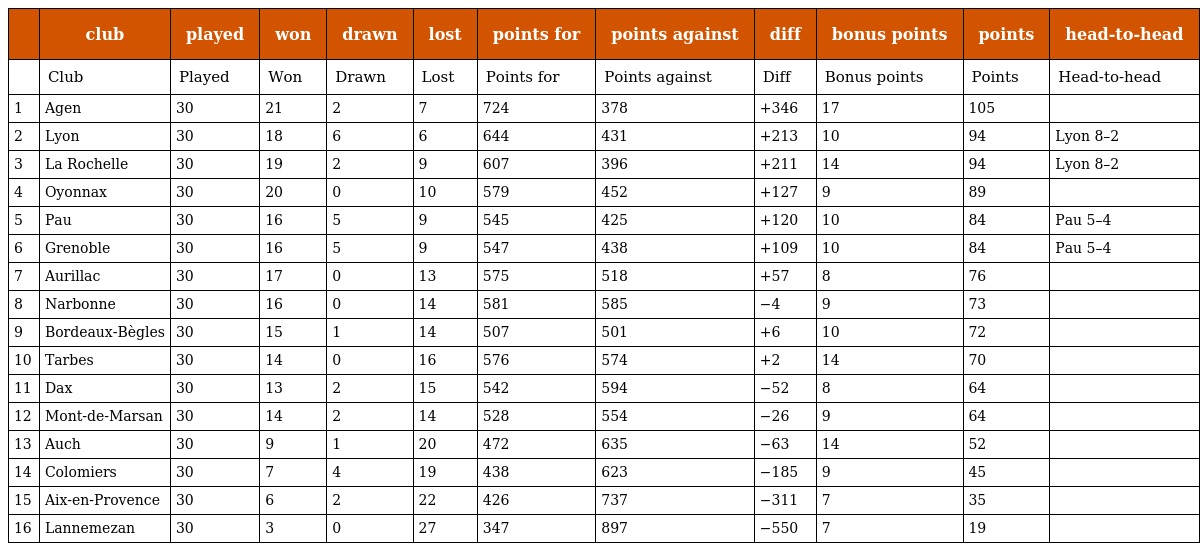
|  | club | played | won | drawn | lost | points for | points against | diff | bonus points | points | head-to-head |
 | --- | --- | --- | --- | --- | --- | --- | --- | --- | --- | --- | --- |
 |  | Club | Played | Won | Drawn | Lost | Points for | Points against | Diff | Bonus points | Points | Head-to-head |
 | 1 | Agen | 30 | 21 | 2 | 7 | 724 | 378 | +346 | 17 | 105 |  |
 | 2 | Lyon | 30 | 18 | 6 | 6 | 644 | 431 | +213 | 10 | 94 | Lyon 8–2 |
 | 3 | La Rochelle | 30 | 19 | 2 | 9 | 607 | 396 | +211 | 14 | 94 | Lyon 8–2 |
 | 4 | Oyonnax | 30 | 20 | 0 | 10 | 579 | 452 | +127 | 9 | 89 |  |
 | 5 | Pau | 30 | 16 | 5 | 9 | 545 | 425 | +120 | 10 | 84 | Pau 5–4 |
 | 6 | Grenoble | 30 | 16 | 5 | 9 | 547 | 438 | +109 | 10 | 84 | Pau 5–4 |
 | 7 | Aurillac | 30 | 17 | 0 | 13 | 575 | 518 | +57 | 8 | 76 |  |
 | 8 | Narbonne | 30 | 16 | 0 | 14 | 581 | 585 | −4 | 9 | 73 |  |
 | 9 | Bordeaux-Bègles | 30 | 15 | 1 | 14 | 507 | 501 | +6 | 10 | 72 |  |
 | 10 | Tarbes | 30 | 14 | 0 | 16 | 576 | 574 | +2 | 14 | 70 |  |
 | 11 | Dax | 30 | 13 | 2 | 15 | 542 | 594 | −52 | 8 | 64 |  |
 | 12 | Mont-de-Marsan | 30 | 14 | 2 | 14 | 528 | 554 | −26 | 9 | 64 |  |
 | 13 | Auch | 30 | 9 | 1 | 20 | 472 | 635 | −63 | 14 | 52 |  |
 | 14 | Colomiers | 30 | 7 | 4 | 19 | 438 | 623 | −185 | 9 | 45 |  |
 | 15 | Aix-en-Provence | 30 | 6 | 2 | 22 | 426 | 737 | −311 | 7 | 35 |  |
 | 16 | Lannemezan | 30 | 3 | 0 | 27 | 347 | 897 | −550 | 7 | 19 |  |